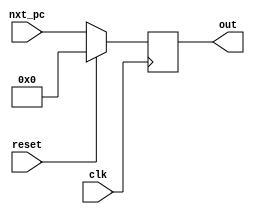
`timescale 1ns / 1ps
//////////////////////////////////////////////////////////////////////////////////
// Company: SharifUniversity
// 
// Design Name:    AHReccese
// Module Name:    SingleCycle 
// Project Name:   phase2
// Target Devices: 
// Tool versions: 
// Description: 
//
// Dependencies: 
//
// Revision: 
// Revision 0.01 - File Created
// Additional Comments: 
//
//////////////////////////////////////////////////////////////////////////////////
module PC(

input clk,
input reset,
input [31:0] nxt_pc,
output reg [31:0]out
    );

always@(posedge clk)
begin

	if(reset) 
	begin
	out <= 32'h0000_0000;
	end
	
	else
	begin
	out <= nxt_pc;
	end
	
end

endmodule


module InstructionMemory(

input [31:0] A,
output [31:0] RD
);
	 
reg [31:0] RAM [1023:0];
//initial begin
//$readmemh("memfile.dat",RAM);
//end
assign RD = RAM[A[31:2]];

endmodule




module DataMemory(
input clk,
input WE,
input [31:0] A,
input [31:0] WD,
output [31:0] RD
);

reg [31:0] RAM[1023:0];
assign RD = RAM[A[31:2]];

always @(posedge clk)
	if(WE)
	RAM[A[31:2]] <= WD;
	
endmodule


module RegisterFile(
input clk,
input [4:0] A1,
input [4:0] A2,
input [4:0] A3,
input WE3,
input [31:0] WD3,
output[31:0] RD1,
output[31:0] RD2
);

reg[31:0] rf_data[0:31];
assign RD1 = rf_data[A1];
assign RD2 = rf_data[A2];

always@(posedge clk) begin
	if(WE3)
	rf_data[A3] <= WD3;
	rf_data[0] <= 32'h0000_0000;
	end
	
endmodule


module ALU(
input [31:0]SrcA,
input [31:0]SrcB,
input [2:0]ALUControl,
output[31:0]ALUResult,
output Zero
);

assign ALUResult = ( ALUControl == 3'b000 ) ? SrcA + SrcB :
						 ( ALUControl == 3'b001 ) ? SrcA - SrcB :
						 ( ALUControl == 3'b010 ) ? SrcA & SrcB :
						 ( ALUControl == 3'b011 ) ? SrcA | SrcB :
						 ( ALUControl == 3'b100 ) ? SrcA ^ SrcB :
						 ( ALUControl == 3'b101 ) ? ~(SrcA | SrcB) :
						 ( ALUControl == 3'b110 ) ? $signed(SrcA) < $signed(SrcB):
						 ( ALUControl == 3'b111 ) ? SrcA < SrcB : 32'h00000000;
					
assign Zero = ( ALUResult == 32'h00000000 )? 1 : 0;

endmodule 




module Controller(
input [5:0] op,
input [5:0] funct,
input zero,

output MemtoReg,
output MemWrite,
output PCSrc,
output [2:0]ALUOP,

output ALUSrc,
output RegDst,
output RegWrite,
output SgnZero

    );

reg [9:0] outs;

always@(*)
begin
casex(op)

  6'b100011: outs=10'b1_0_0_000_1_0_1_1;
  6'b101011: outs=10'b0_1_0_000_1_0_0_1;
  6'b000100: outs={2'b00,zero,7'b001_0101};
  6'b000101: outs={2'b00,~zero,7'b001_0101};
  6'b001100: outs=10'b0_0_0_010_1_0_1_0;
  6'b001101: outs=10'b0_0_0_011_1_0_1_0;
  6'b001110: outs=10'b0_0_0_100_1_0_1_0;
  6'b001000: outs=10'b0_0_0_000_1_0_1_1;
  6'b001001: outs=10'b0_0_0_000_1_0_1_0;
  6'b001010: outs=10'b0_0_0_110_1_0_1_1;
  6'b001011: outs=10'b0_0_0_111_1_0_1_0;
  
  6'b000000:
			casex(funct)
			 12'b000000100000: outs=10'b0_0_0_000_0_1_1_0;
			 12'b000000100001: outs=10'b0_0_0_000_0_1_1_0;
			 12'b000000100010: outs=10'b0_0_0_001_0_1_1_0;
			 12'b000000100011: outs=10'b0_0_0_001_0_1_1_0;
			 12'b000000100100: outs=10'b0_0_0_010_0_1_1_0;
			 12'b000000100101: outs=10'b0_0_0_011_0_1_1_0;
			 12'b000000100110: outs=10'b0_0_0_100_0_1_1_0;
			 12'b000000100111: outs=10'b0_0_0_101_0_1_1_0;
			 12'b000000101010: outs=10'b0_0_0_110_0_1_1_0;
			 12'b000000101011: outs=10'b0_0_0_111_0_1_1_0;
			 default:outs=10'b0_0_0_000_0_0_0_0;
			 endcase
  default:outs=10'b0_0_0_000_0_0_0_0; 
endcase  
end

// extracting Data from register	
	
assign MemtoReg = outs[9];

assign MemWrite = outs[8];

assign PCSrc = outs[7];

assign ALUOP = outs[6:4];

assign ALUSrc = outs[3];

assign RegDst = outs[2];

assign RegWrite = outs[1];

assign SgnZero = outs[0];

				
				
endmodule